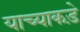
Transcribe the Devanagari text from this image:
याच्याकड़े